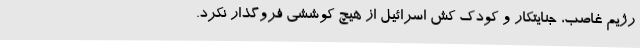
رژیم غاصب، جنایتکار و کودک کش اسرائیل از هیچ کوششی فروگذار نکرد.